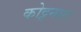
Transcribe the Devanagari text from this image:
कोट्टनारा